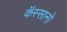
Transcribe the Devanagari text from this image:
कॅस्सानो